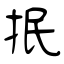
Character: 抿